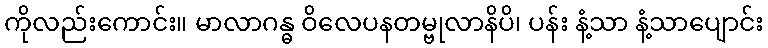
ကိုလည်းကောင်း။ မာလာဂန္ဓ ဝိလေပနတမ္ဗုလာနိပိ၊ ပန်း နံ့သာ နံ့သာပျောင်း